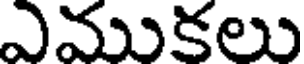
ఎముకలు